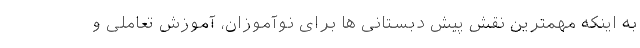
به اینکه مهمترین نقش پیش دبستانی ها برای نوآموزان، آموزش تعاملی و